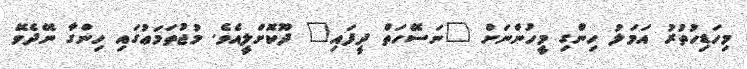
މިހަޑިހުތުރު އަމަލު ހިންގި މީހުންނަށް "ނަސޭހަތް ދީފައި" ދޫކޮށްލީއެވެ. މުޖުތަމަޢުގައި ހިންގާ ނޭދެވޭ